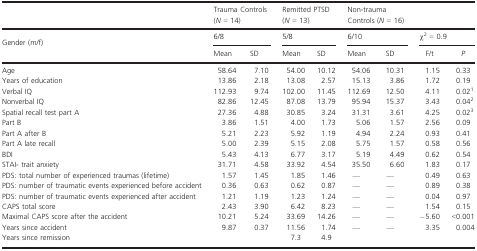
<table><thead><tr><td></td><td colspan="2"><b>Trauma Controls (<i>N</i> = 14)</b></td><td colspan="2"><b>Remitted PTSD (<i>N</i> = 13)</b></td><td colspan="2"><b>Non-trauma Controls (<i>N</i> = 16)</b></td><td colspan="2"></td></tr><tr><td><b>Gender (m/f)</b></td><td colspan="2"><b>6/8</b></td><td colspan="2"><b>5/8</b></td><td colspan="2"><b>6/10</b></td><td colspan="2"><b>χ<sup>2</sup> = 0.9</b></td></tr><tr><td></td><td><b>Mean</b></td><td><b>SD</b></td><td><b>Mean</b></td><td><b>SD</b></td><td><b>Mean</b></td><td><b>SD</b></td><td><b>F/t</b></td><td><b><i>P</i></b></td></tr></thead><tbody><tr><td>Age</td><td>58.64</td><td>7.10</td><td>54.00</td><td>10.12</td><td>54.06</td><td>10.31</td><td>1.15</td><td>0.33</td></tr><tr><td>Years of education</td><td>13.86</td><td>2.18</td><td>13.08</td><td>2.57</td><td>15.13</td><td>3.86</td><td>1.72</td><td>0.19</td></tr><tr><td>Verbal IQ</td><td>112.93</td><td>9.74</td><td>102.00</td><td>11.45</td><td>112.69</td><td>12.50</td><td>4.11</td><td>0.021</td></tr><tr><td>Nonverbal IQ</td><td>82.86</td><td>12.45</td><td>87.08</td><td>13.79</td><td>95.94</td><td>15.37</td><td>3.43</td><td>0.042</td></tr><tr><td>Spatial recall test part A</td><td>27.36</td><td>4.88</td><td>30.85</td><td>3.24</td><td>31.31</td><td>3.61</td><td>4.25</td><td>0.023</td></tr><tr><td>Part B</td><td>3.86</td><td>1.51</td><td>4.00</td><td>1.73</td><td>5.06</td><td>1.57</td><td>2.56</td><td>0.09</td></tr><tr><td>Part A after B</td><td>5.21</td><td>2.23</td><td>5.92</td><td>1.19</td><td>4.94</td><td>2.24</td><td>0.93</td><td>0.41</td></tr><tr><td>Part A late recall</td><td>5.00</td><td>2.39</td><td>5.15</td><td>2.08</td><td>5.75</td><td>1.57</td><td>0.58</td><td>0.56</td></tr><tr><td>BDI</td><td>5.43</td><td>4.13</td><td>6.77</td><td>3.17</td><td>5.19</td><td>4.49</td><td>0.62</td><td>0.54</td></tr><tr><td>STAI- trait anxiety</td><td>31.71</td><td>4.58</td><td>33.92</td><td>4.54</td><td>35.50</td><td>6.60</td><td>1.83</td><td>0.17</td></tr><tr><td>PDS: total number of experienced traumas (lifetime)</td><td>1.57</td><td>1.45</td><td>1.85</td><td>1.46</td><td>—</td><td>—</td><td>0.49</td><td>0.63</td></tr><tr><td>PDS: number of traumatic events experienced before accident</td><td>0.36</td><td>0.63</td><td>0.62</td><td>0.87</td><td>—</td><td>—</td><td>0.89</td><td>0.38</td></tr><tr><td>PDS: number of traumatic events experienced after accident</td><td>1.21</td><td>1.19</td><td>1.23</td><td>1.24</td><td>—</td><td>—</td><td>0.04</td><td>0.97</td></tr><tr><td>CAPS total score</td><td>2.43</td><td>3.90</td><td>6.42</td><td>8.23</td><td>—</td><td>—</td><td>1.54</td><td>0.15</td></tr><tr><td>Maximal CAPS score after the accident</td><td>10.21</td><td>5.24</td><td>33.69</td><td>14.26</td><td>—</td><td>—</td><td>−5.60</td><td>&lt;0.001</td></tr><tr><td>Years since accident</td><td>9.87</td><td>0.37</td><td>11.56</td><td>1.74</td><td>—</td><td>—</td><td>3.35</td><td>0.004</td></tr><tr><td>Years since remission</td><td></td><td></td><td>7.3</td><td>4.9</td><td></td><td></td><td></td><td></td></tr></tbody></table>